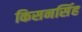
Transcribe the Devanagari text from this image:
किसनसिंह